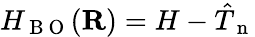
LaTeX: H_{\mathrm{~B~O~}}(\mathbf R)=H-\hat{T}_{\mathrm{~n~}}